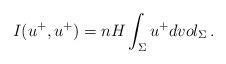
LaTeX: \begin{align*}I(u^+,u^+)=nH\int_{\Sigma}u^+dvol_{\Sigma}\,.\end{align*}